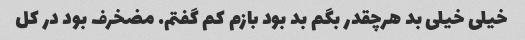
خیلی خیلی بد هرچقدر بگم بد بود بازم کم گفتم. مضخرف بود در کل